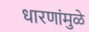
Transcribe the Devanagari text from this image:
धारणांमुळे